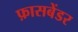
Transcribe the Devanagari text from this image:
फ़ासबेंडर